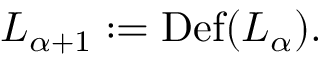
L _ { \alpha + 1 } : = \operatorname { D e f } ( L _ { \alpha } ) .